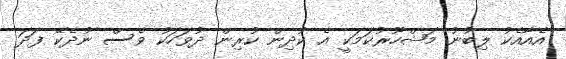
އެއާއެކު ލިބުނު މަޝްހޫރުކަމަކީ އެ ކުދިން ކުރިން ދުވަހަކު ވެސް ނުދެކޭ ފަދަ